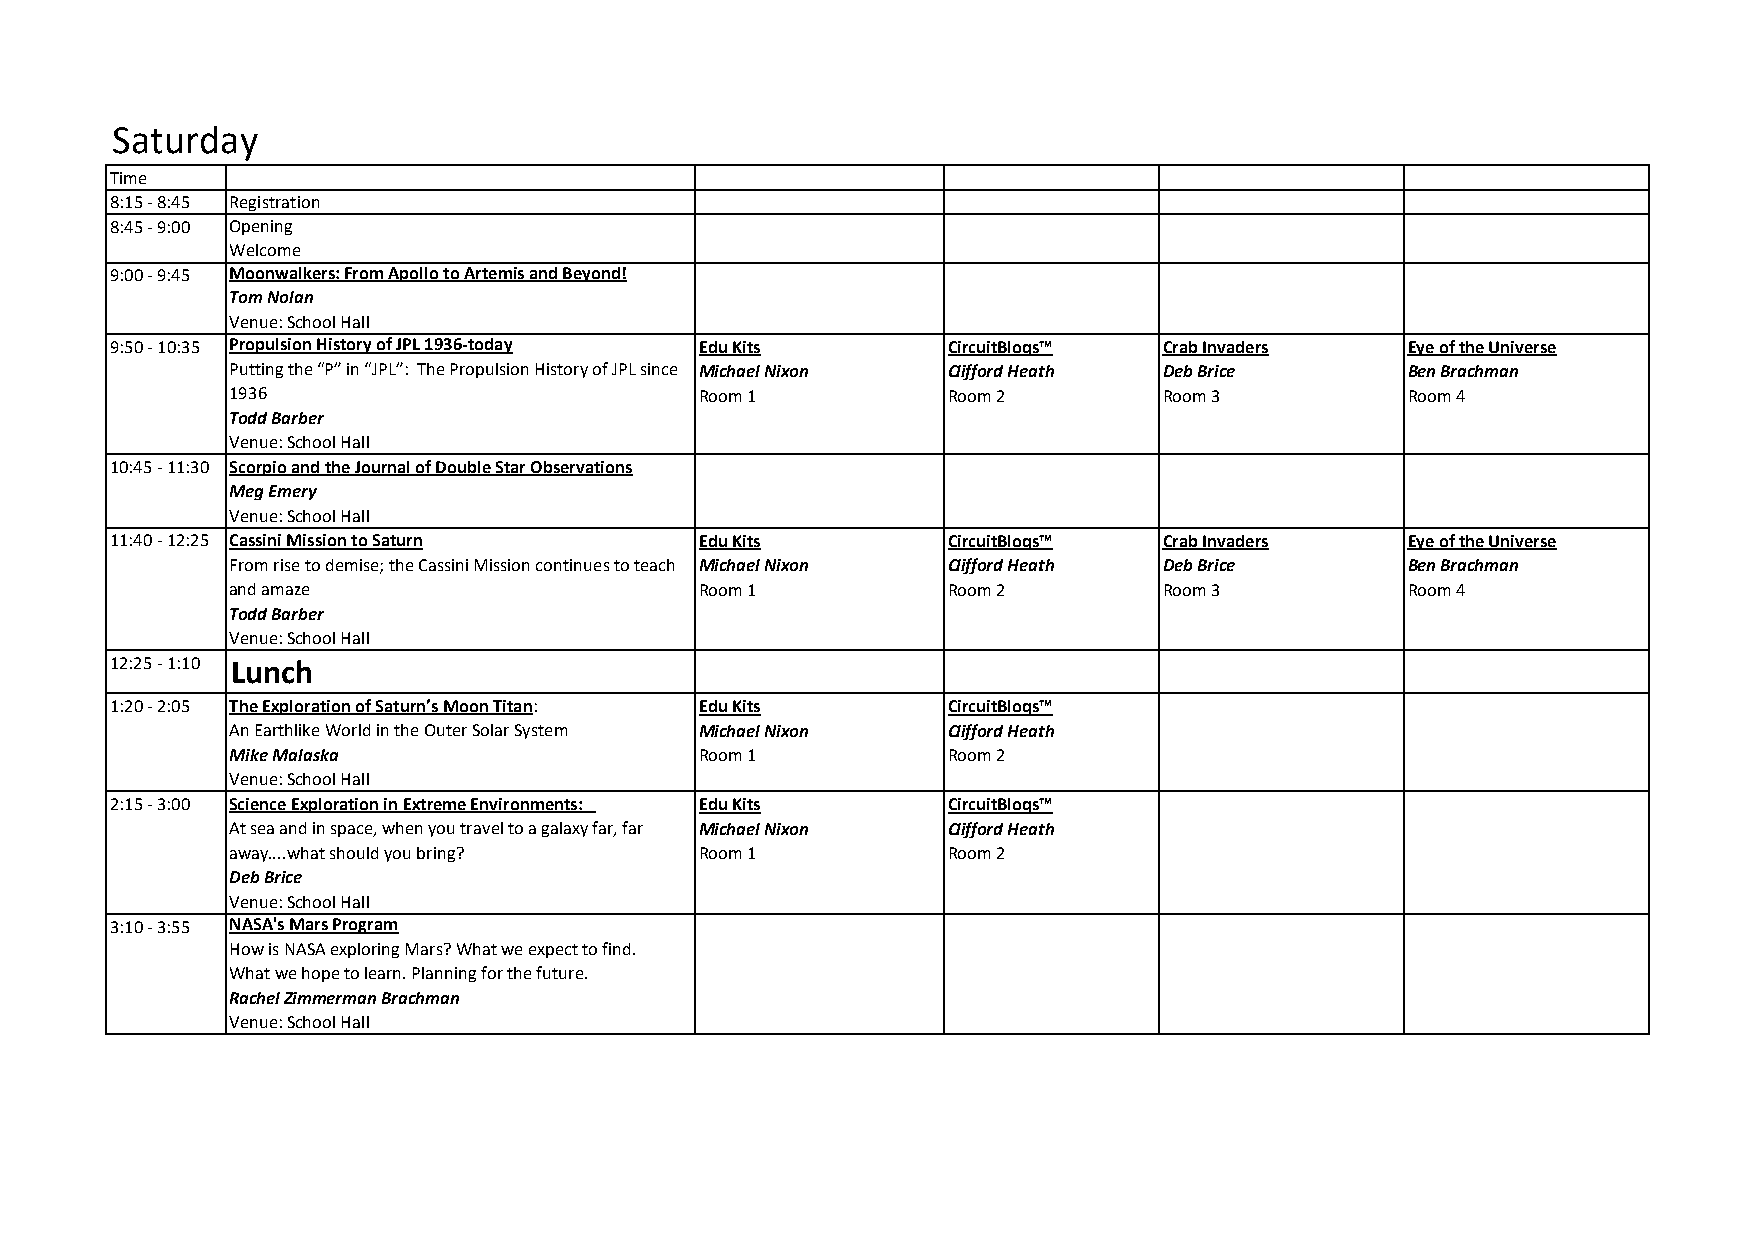
Saturday
 Time
 8:15 - 8:45 Registration
 8:45 - 9:00 Opening
 Welcome
 9:00 - 9:45 Moonwalkers: From Apollo to Artemis and Beyond!
 Tom Nolan
 Venue: School Hall
 9:50 - 10:35 Propulsion History of JPL 1936-today Edu Kits CircuitBloqs™ Crab Invaders Eye of the Universe
 Putting the “P” in “JPL”: The Propulsion History of JPL since Michael Nixon Clifford Heath Deb Brice Ben Brachman
 1936                           Room 1           Room 2        Room 3          Room 4
 Todd Barber
 Venue: School Hall
 10:45 - 11:30 Scorpio and the Journal of Double Star Observations
 Meg Emery
 Venue: School Hall
 11:40 - 12:25 Cassini Mission to Saturn Edu Kits        CircuitBloqs™ Crab Invaders   Eye of the Universe
 From rise to demise; the Cassini Mission continues to teach Michael Nixon Clifford Heath Deb Brice Ben Brachman
 and amaze                      Room 1           Room 2        Room 3          Room 4
 Todd Barber
 Venue: School Hall
 12:25 - 1:10 Lunch
 1:20 - 2:05 The Exploration of Saturn’s Moon Titan: Edu Kits CircuitBloqs™
 An Earthlike World in the Outer Solar System Michael Nixon Clifford Heath
 Mike Malaska                   Room 1           Room 2
 Venue: School Hall
 2:15 - 3:00 Science Exploration in Extreme Environments: Edu Kits CircuitBloqs™
 At sea and in space, when you travel to a galaxy far, far Michael Nixon Clifford Heath
 away....what should you bring? Room 1           Room 2
 Deb Brice
 Venue: School Hall
 3:10 - 3:55 NASA's Mars Program
 How is NASA exploring Mars? What we expect to find.
 What we hope to learn. Planning for the future.
 Rachel Zimmerman Brachman
 Venue: School Hall